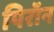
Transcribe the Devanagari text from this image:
पिरॉन